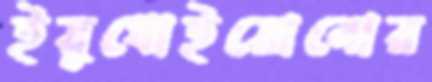
ইয়ুধোইয়োনোর